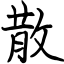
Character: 散